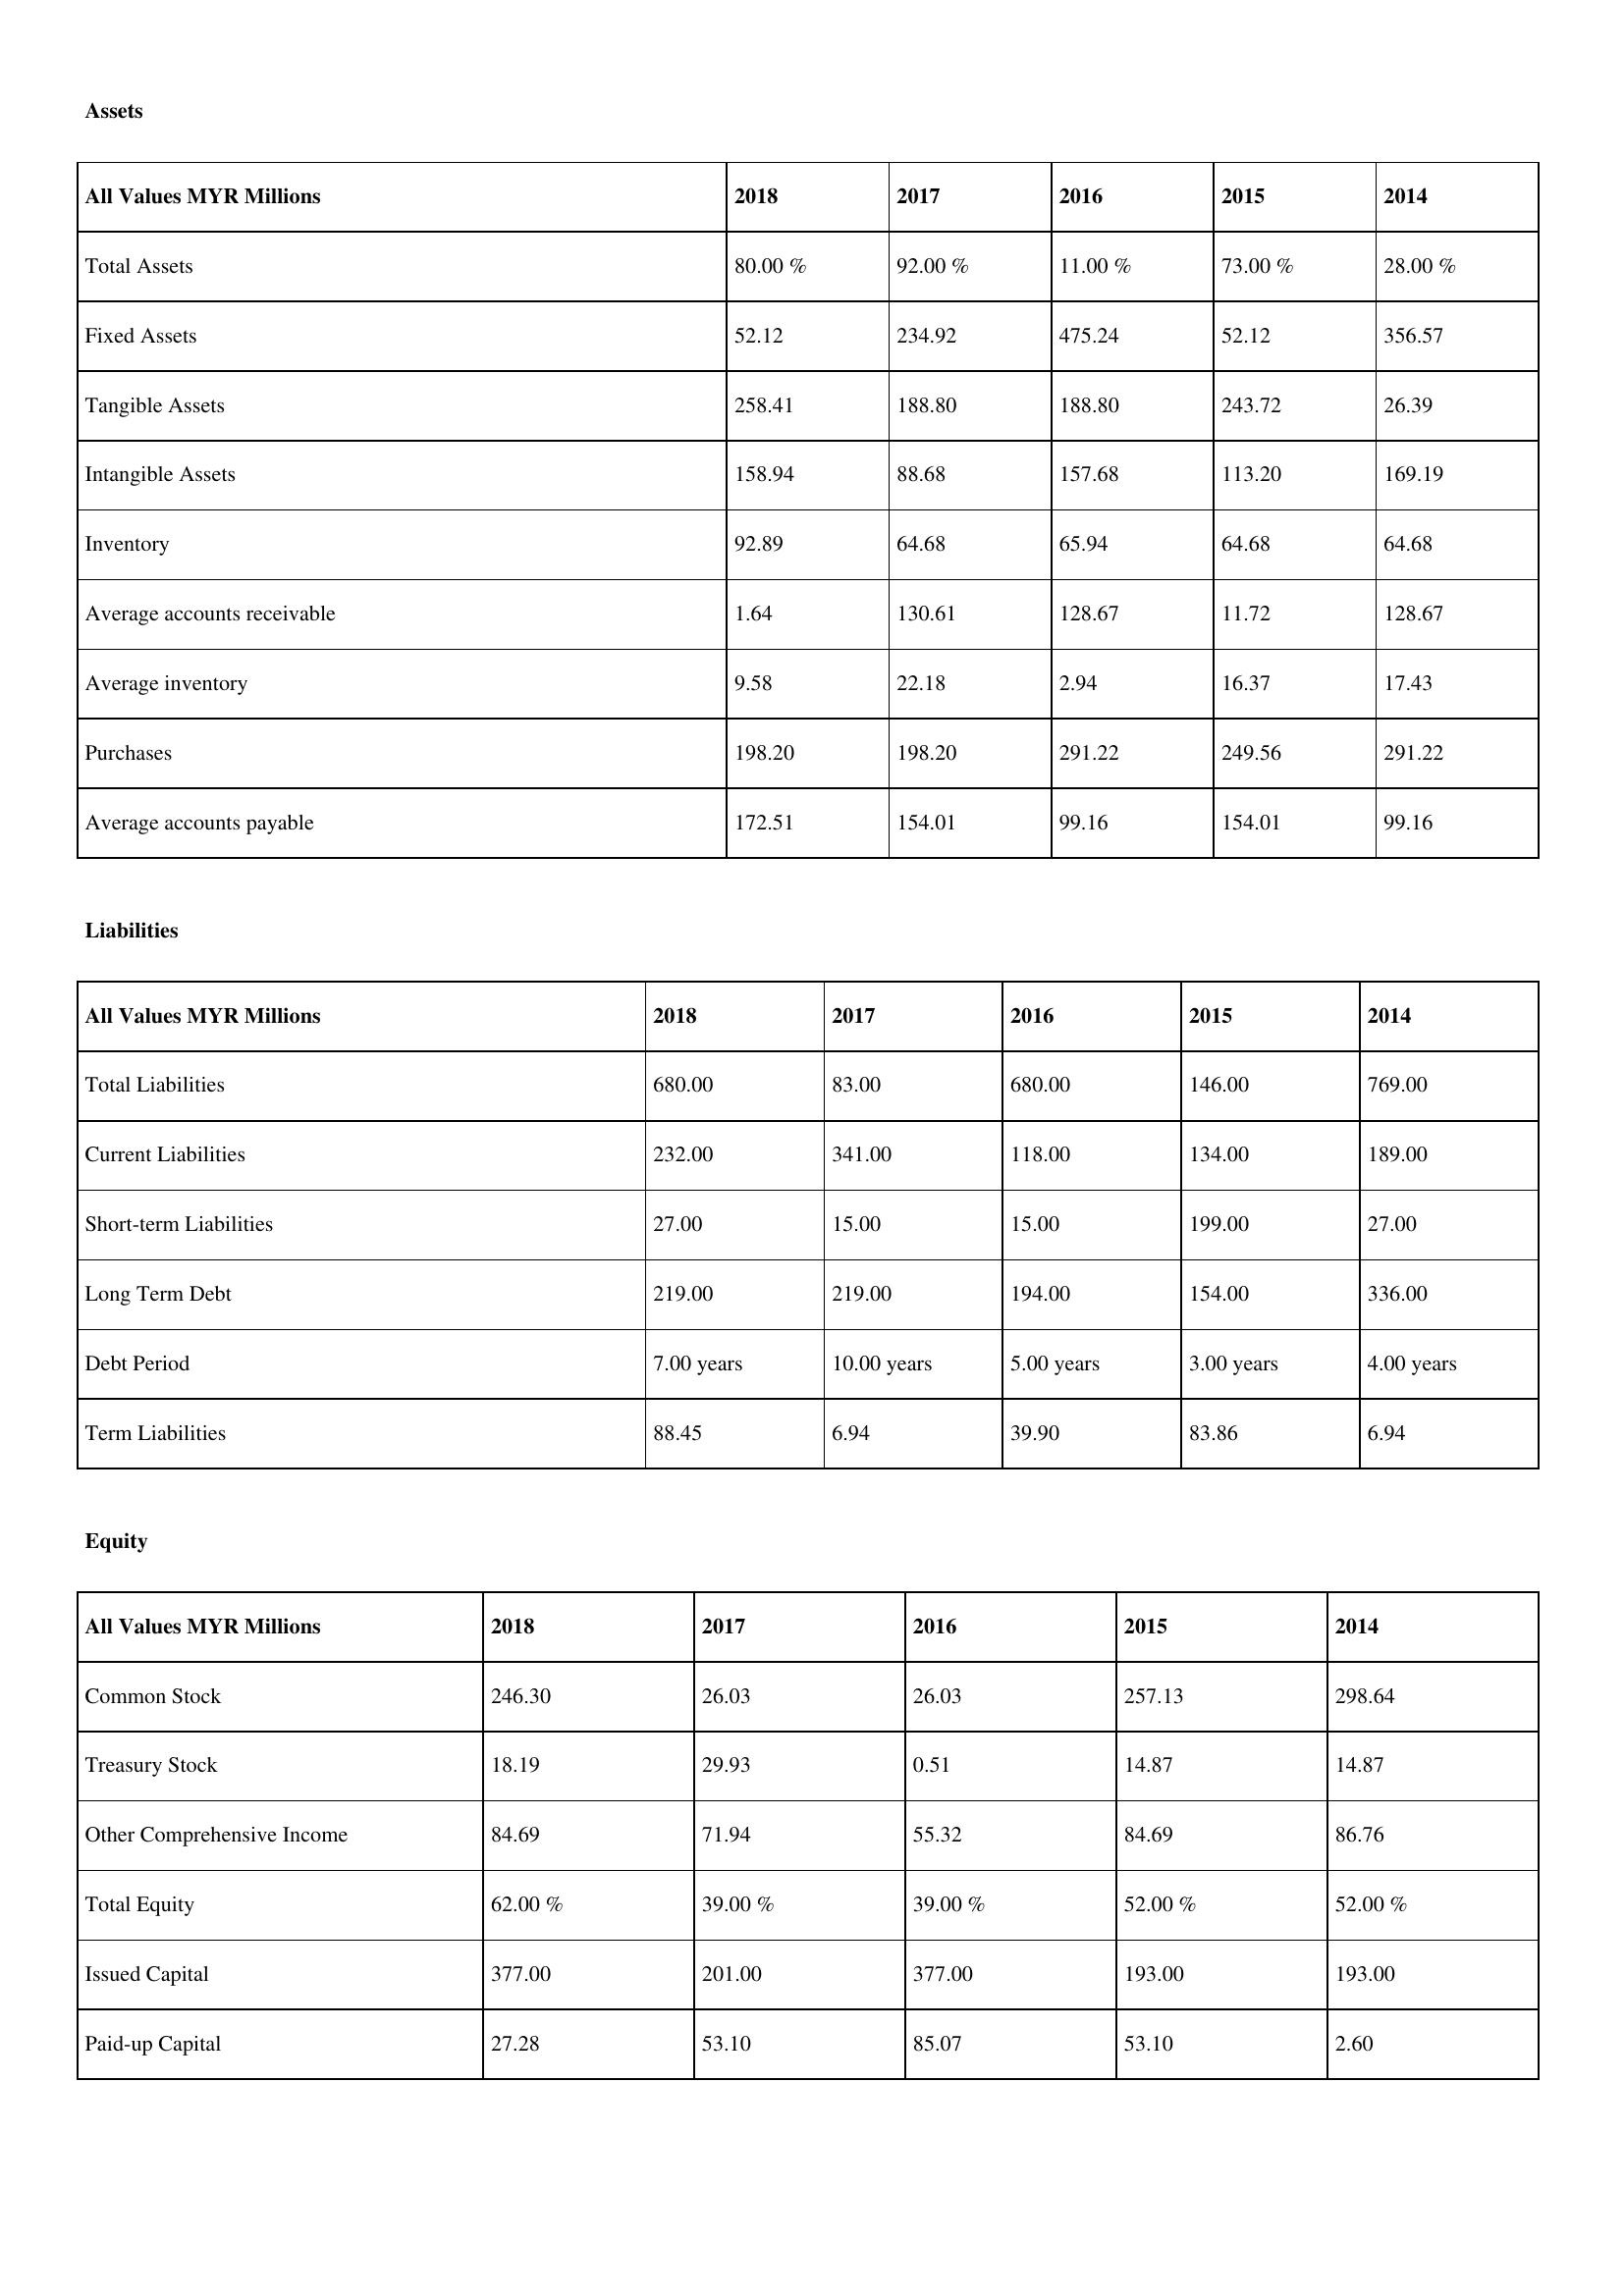
gt_parse: 2018: Assets: Total Assets: 80.00 %
Fixed Assets: 52.12
Tangible Assets: 258.41
Intangible Assets: 158.94
Inventory: 92.89
Average accounts receivable: 1.64
Average inventory: 9.58
Purchases: 198.20
Average accounts payable: 172.51
Liabilities: Total Liabilities: 680.00
Current Liabilities: 232.00
Short-term Liabilities: 27.00
Long Term Debt: 219.00
Debt Period: 7.00 years
Term Liabilities: 88.45
Equity: Common Stock: 246.30
Treasury Stock: 18.19
Other Comprehensive Income: 84.69
Total Equity: 62.00 %
Issued Capital: 377.00
Paid-up Capital: 27.28
2017: Assets: Total Assets: 92.00 %
Fixed Assets: 234.92
Tangible Assets: 188.80
Intangible Assets: 88.68
Inventory: 64.68
Average accounts receivable: 130.61
Average inventory: 22.18
Purchases: 198.20
Average accounts payable: 154.01
Liabilities: Total Liabilities: 83.00
Current Liabilities: 341.00
Short-term Liabilities: 15.00
Long Term Debt: 219.00
Debt Period: 10.00 years
Term Liabilities: 6.94
Equity: Common Stock: 26.03
Treasury Stock: 29.93
Other Comprehensive Income: 71.94
Total Equity: 39.00 %
Issued Capital: 201.00
Paid-up Capital: 53.10
2016: Assets: Total Assets: 11.00 %
Fixed Assets: 475.24
Tangible Assets: 188.80
Intangible Assets: 157.68
Inventory: 65.94
Average accounts receivable: 128.67
Average inventory: 2.94
Purchases: 291.22
Average accounts payable: 99.16
Liabilities: Total Liabilities: 680.00
Current Liabilities: 118.00
Short-term Liabilities: 15.00
Long Term Debt: 194.00
Debt Period: 5.00 years
Term Liabilities: 39.90
Equity: Common Stock: 26.03
Treasury Stock: 0.51
Other Comprehensive Income: 55.32
Total Equity: 39.00 %
Issued Capital: 377.00
Paid-up Capital: 85.07
2015: Assets: Total Assets: 73.00 %
Fixed Assets: 52.12
Tangible Assets: 243.72
Intangible Assets: 113.20
Inventory: 64.68
Average accounts receivable: 11.72
Average inventory: 16.37
Purchases: 249.56
Average accounts payable: 154.01
Liabilities: Total Liabilities: 146.00
Current Liabilities: 134.00
Short-term Liabilities: 199.00
Long Term Debt: 154.00
Debt Period: 3.00 years
Term Liabilities: 83.86
Equity: Common Stock: 257.13
Treasury Stock: 14.87
Other Comprehensive Income: 84.69
Total Equity: 52.00 %
Issued Capital: 193.00
Paid-up Capital: 53.10
2014: Assets: Total Assets: 28.00 %
Fixed Assets: 356.57
Tangible Assets: 26.39
Intangible Assets: 169.19
Inventory: 64.68
Average accounts receivable: 128.67
Average inventory: 17.43
Purchases: 291.22
Average accounts payable: 99.16
Liabilities: Total Liabilities: 769.00
Current Liabilities: 189.00
Short-term Liabilities: 27.00
Long Term Debt: 336.00
Debt Period: 4.00 years
Term Liabilities: 6.94
Equity: Common Stock: 298.64
Treasury Stock: 14.87
Other Comprehensive Income: 86.76
Total Equity: 52.00 %
Issued Capital: 193.00
Paid-up Capital: 2.60